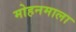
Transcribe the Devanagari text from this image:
मोहनमाला